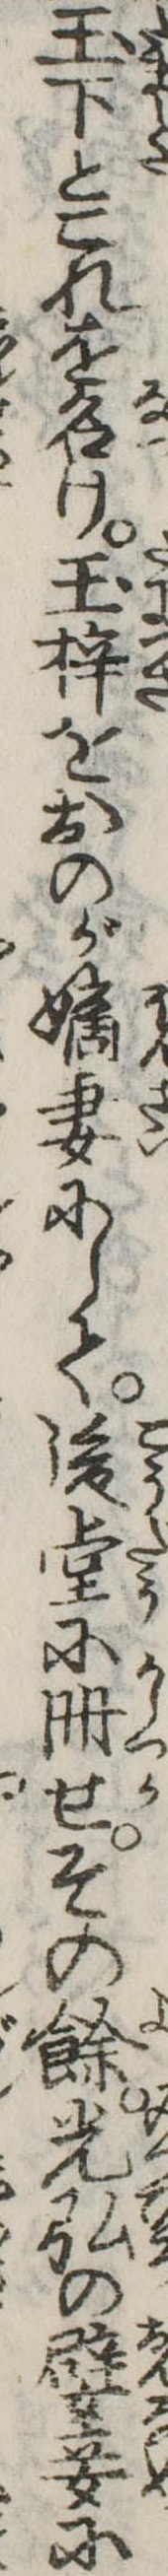
玉下とこれを名け玉梓をおのが嫡妻にして後堂に冊せその余光弘の嬖妾に